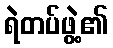
ရဲတပ်ဖွဲ့၏